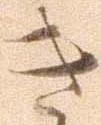
き